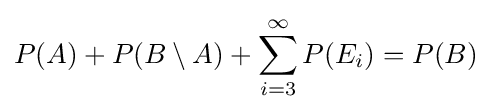
P(A)+P(B\setminus A)+\sum _{i=3}^{\infty }P(E_{i})=P(B)